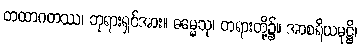
တထာဂတဿ၊ ဘုရားရှင်အား။ ဓမ္မေသု၊ တရားတို့၌။ အာစရိယမုဋ္ဌိ၊